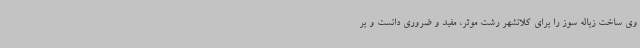
وی ساخت زباله سوز را برای کلانشهر رشت موثر، مفید و ضروری دانست و بر